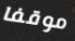
موقفا